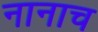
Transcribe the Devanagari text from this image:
नानाच